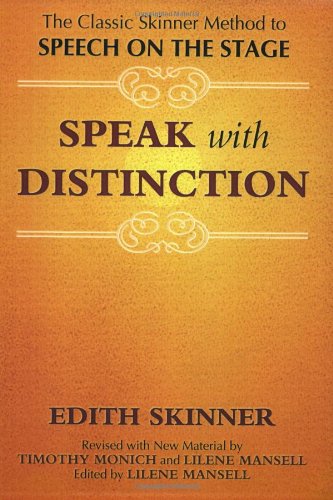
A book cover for Speak with Distinction: The Classic Skinner Method to Speech on the Stage; Edith Skinner; Humor & Entertainment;